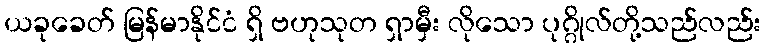
ယခုခေတ် မြန်မာနိုင်ငံ ရှိ ဗဟုသုတ ရှာမှီး လိုသော ပုဂ္ဂိုလ်တို့သည်လည်း